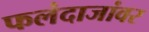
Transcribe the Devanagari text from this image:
फलंदाजांवर